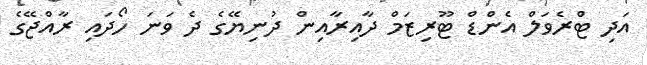
އަދި ޓްރެވަލް އެންޑް ޓޫރިޒަމް ދާއިރާއިން ދުނިޔޭގެ ދެ ވަނަ ހޯދައި ރާއްޖޭގެ